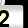
Digit: 2